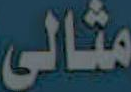
مثالى